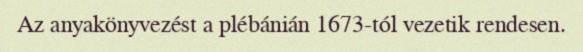
Az anyakönyvezést a plébánián 1673-tól vezetik rendesen.